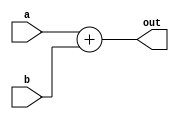
`timescale 1ns / 1ps

module adder(
        input [31:0] a,
        input [31:0] b,
        output [31:0] out
    );
    assign out = a + b;
endmodule